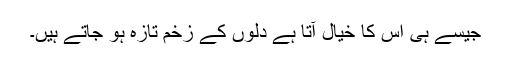
جیسے ہی اس کا خیال آتا ہے دلوں کے زخم تازہ ہو جاتے ہیں۔